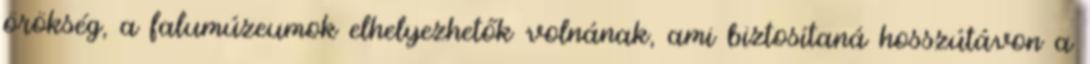
örökség, a falumúzeumok elhelyezhetők volnának, ami biztosítaná hosszútávon a